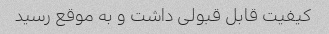
کیفیت قابل قبولی داشت و به موقع رسید